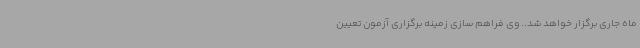
ماه جاری برگزار خواهد شد.. وی فراهم سازی زمینه برگزاری آزمون تعیین